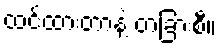
ထင်ထားတာနဲ့ တခြားစီ။